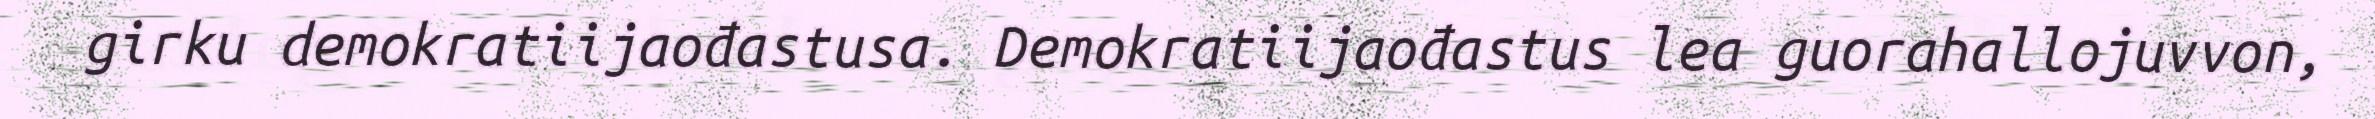
girku demokratiijaođastusa. Demokratiijaođastus lea guorahallojuvvon,